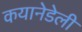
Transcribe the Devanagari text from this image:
कयानेडेली